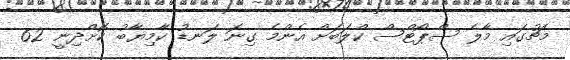
މެޗުގައި މާލެ ސްޕޯޓްސް ކްލަބަށް އެންމެ ގިނަ ލަނޑު ކާމިޔާބު ކޮށްދިނީ 62